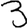
Digit: 3